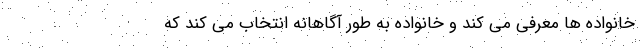
خانواده ها معرفی می کند و خانواده به طور آگاهانه انتخاب می کند که